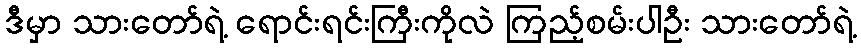
ဒီမှာ သားတော်ရဲ့ ရောင်းရင်းကြီးကိုလဲ ကြည့်စမ်းပါဦး သားတော်ရဲ့